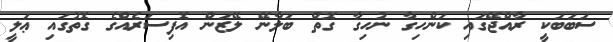
ސަބަބަކީ ރާއްޖޭގައި ކަންހިގާ ނުހިގާ ގޮތް ބަލާނޭ ލޭޒަން އޮފިސަރެއްގެ ގޮތުގައި ޢަލީ